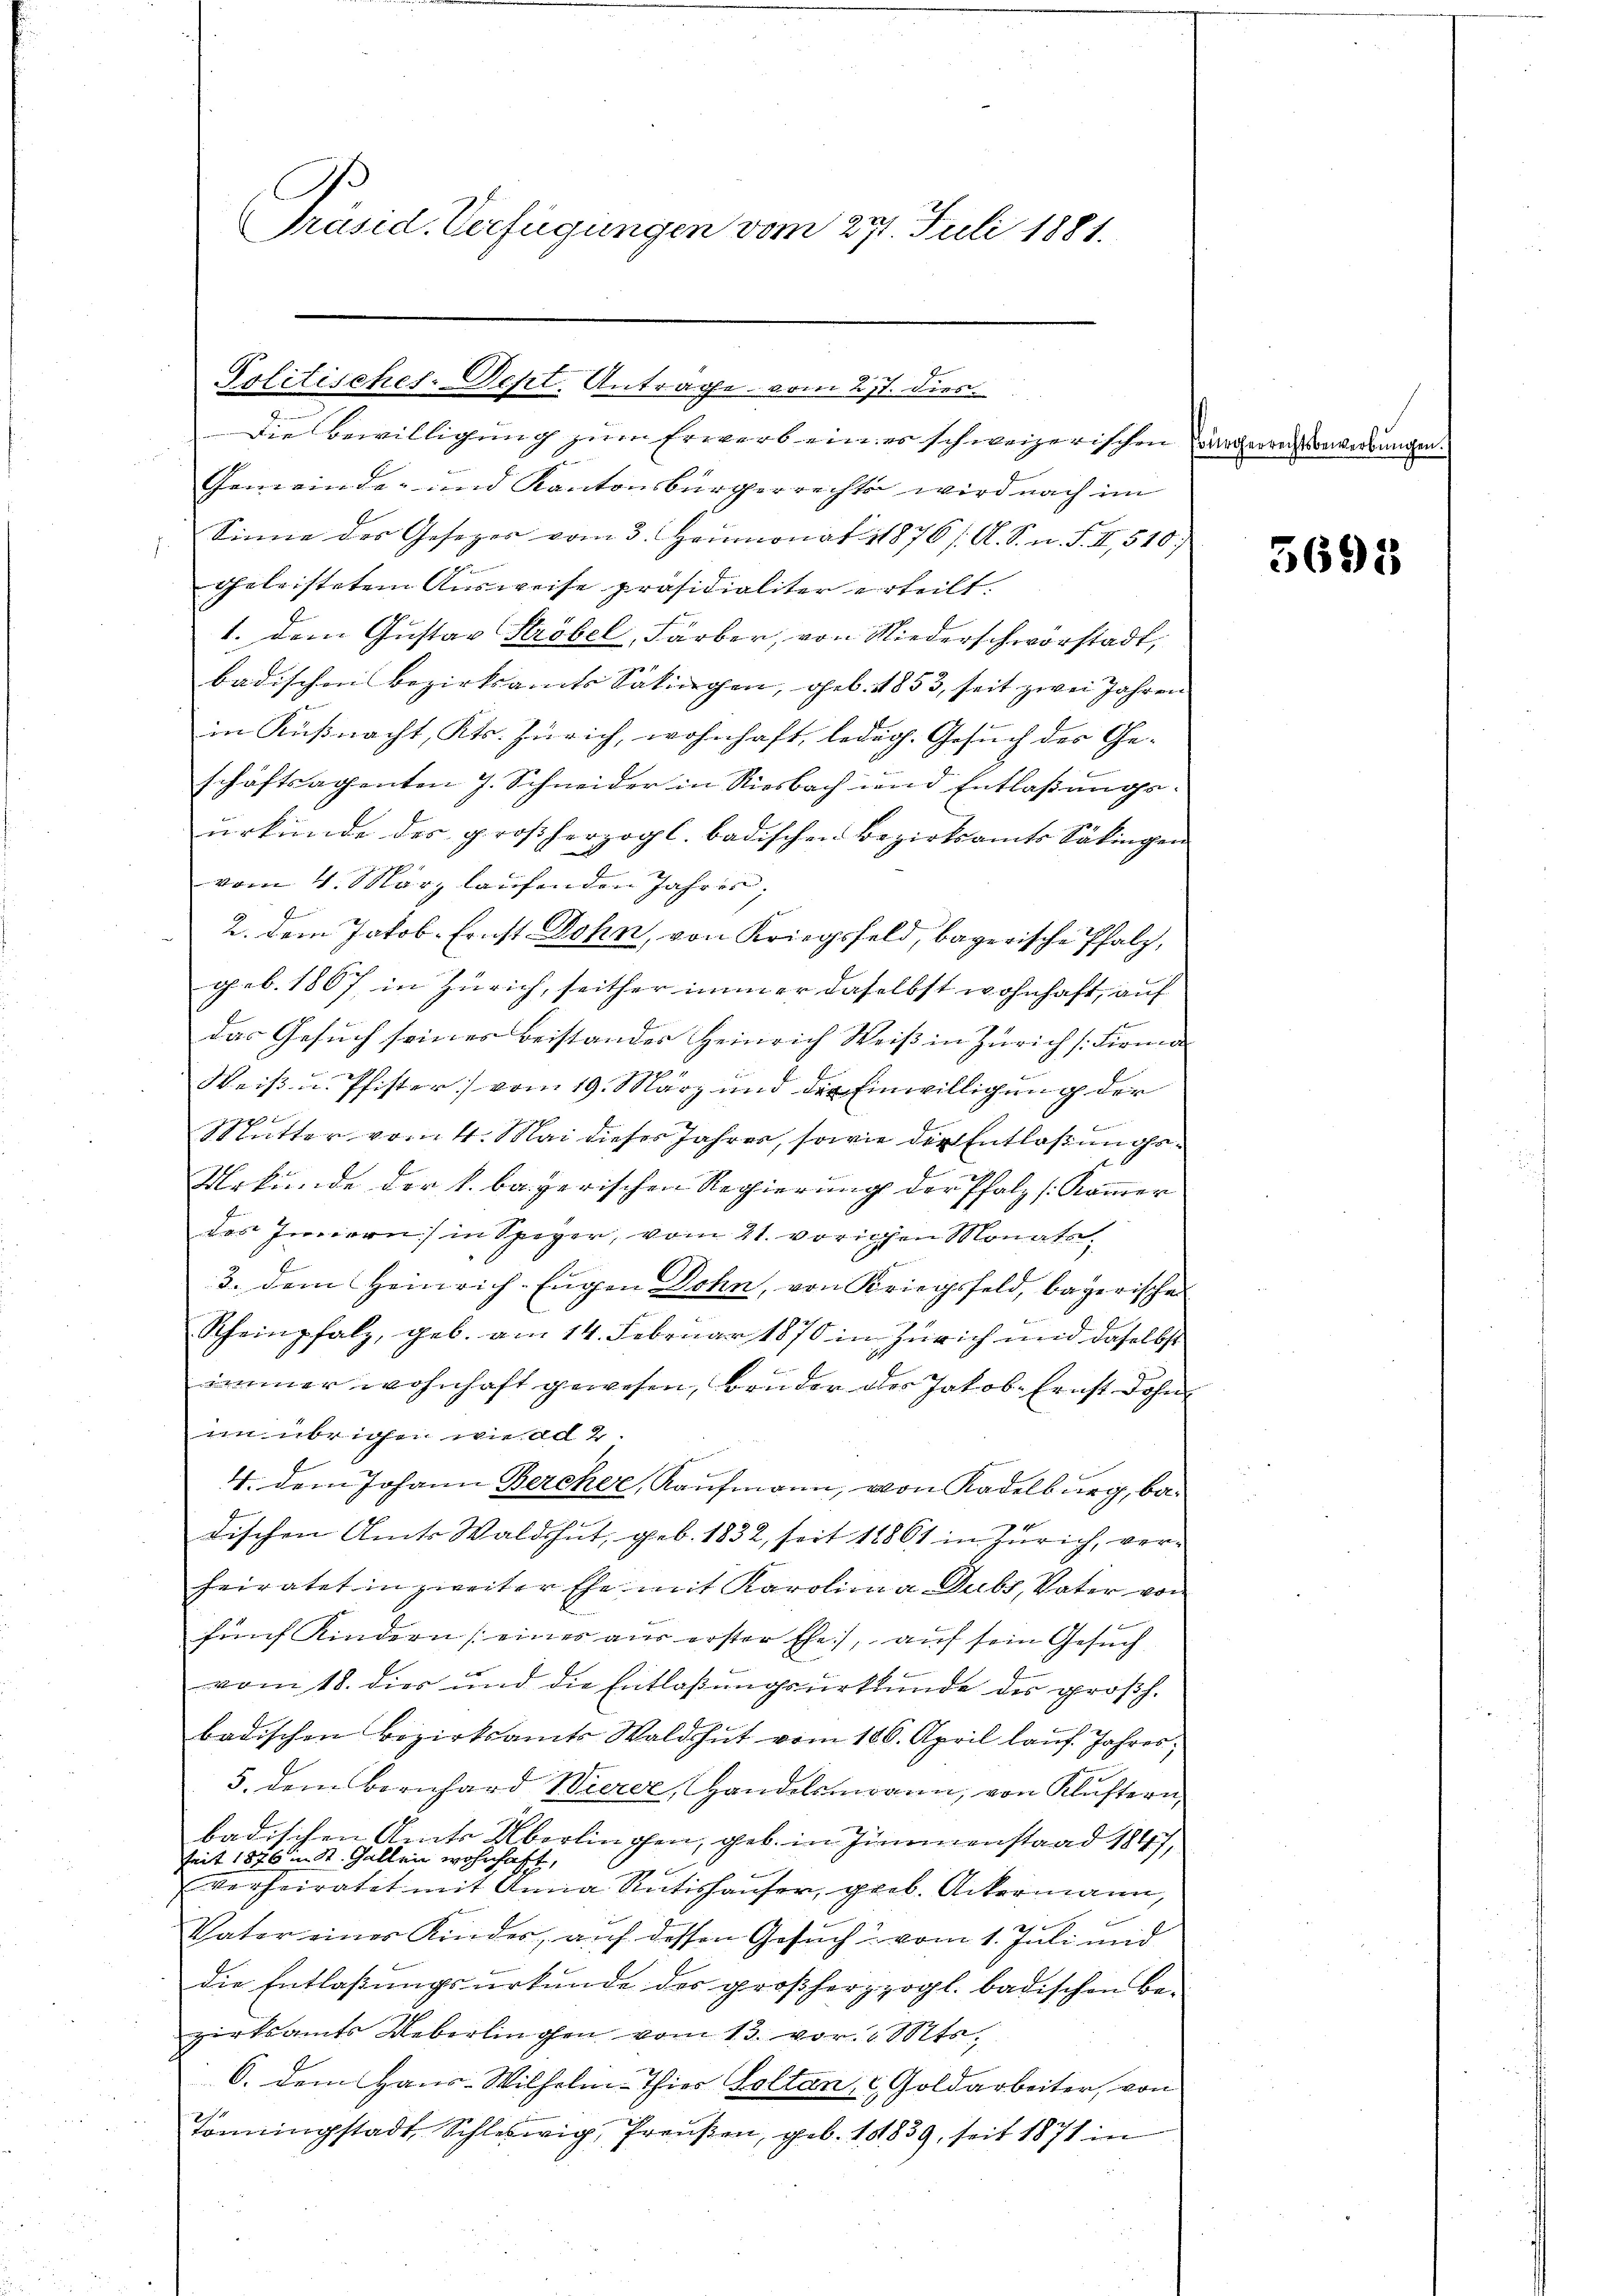
Präsid. Verfügungen vom 27. Juli 1881.

Die Bewilligung zum Erwerb ein es schweizerischen Bürgerrechtsbewirkungen.
Gemeinde- und Kantonsbürgerrechts wird nach im
Sinne des Gesezes vom 3. Heumonat 1876 /. A. S. n. F. II 510
geleisteten Ausweise präsidialiter erteilt.
1. dem Gustav Ströbel, Färber, von Niederschwerstadt,
badischen Bezirksamts Säkirchen, geb. 1853, seit zwei Jahren
in Küßnacht, Kts. Zürich, wohnhaft, ledig. Gesuch der Geschäftsagenten J. Schneider in Riesbach und Entlaßungsurkunde des großherzogl. badischen Bezirksamts Säkingen
vom 4. März laufenden Jahres,
2. dem Jakob-Ernst Dohn, von Kriegsfeld, bayerische Pfalz,
geb. 1867, in Zürich, seither immer daselbst wohnhaft, auf
das Gesuch seines Beistandes Heinrich Weiβ in Zürich /: Firma
Weiß u. Pfister vom 19. März und der Einwilligung der
un
f
Mutter vom 4. Mai dieses Jahres, sowie die Entlaßungs¬
7
Urkunde der k. bayerischen Regierung der Pfalz (Kommer
des Innern in Speyer, vom 21. vorigen Monats
3. dem Heinrich-Eugen Dohn, von Kriegsfeld, bayerische
Scheinpfalz, geb. am 14. Februar 1870 in Zürich und daselbst
immer wohnhaft gewesen, Bruder des Jakob Ernst Dohn
an übrigen wie ad 2.
4. dem Johann Bercher, Kaŭfmann, von Kadelburg, batischen Amts Waldshut, geb. 1832, seit 11861 in Zürich, verheiratet in zweiter Ehe mit Karolina Dubs, Vater von
fünf Kindern (eines aus erster Ehe), auf sein Gesuch
vom 18. dies und die Entlaßungsurkunde des großh.
badischen Bezirksamts Waldshut vom 180. April lauf Jahres,
5. dem Bernhard Wierer, Handelsmogen, von Klustern,
badischen Amts Überlingen, geb. in Zimmenstand 1847
seit 1876 in St. Gallen wohnhaft,
Verheiratet mit Anna Rütishauser, grob. Ackermann,
Vater eines Kinder, auf dessen Gesuch vom 1. Juli und
die Entlaßungsurkunde des großherzzogl. badischen Bezirksamts Weberlingen vom 13. vor. Mts.
6. dem Haus-Wilhelm-Thier Soltan, u. Goldarbeiter, von
Tonningstadt, Schleswig, Preußen, geb. 1839, seit 1871 in

Politisches-Dest. Antrage vom 277. dies

3698